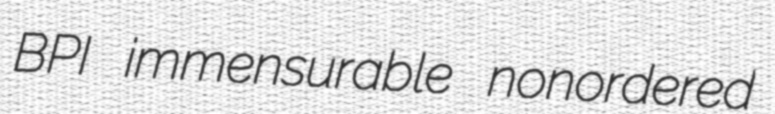
BPI immensurable nonordered